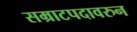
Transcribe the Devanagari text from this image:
सम्राटपदावरुन